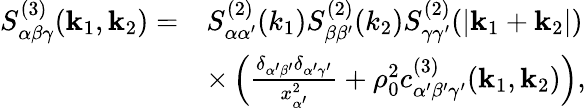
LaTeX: \begin{array}{rl}{S_{\alpha\beta\gamma}^{(3)}(\mathbf{k}_{1},\mathbf{k}_{2})=}&{S_{\alpha\alpha^{\prime}}^{(2)}({k}_{1})S_{\beta\beta^{\prime}}^{(2)}({k}_{2})S_{\gamma\gamma^{\prime}}^{(2)}(|\mathbf{k}_{1}+\mathbf{k}_{2}|)}\\ &{\times\left(\frac{\delta_{\alpha^{\prime}\beta^{\prime}}\delta_{\alpha^{\prime}\gamma^{\prime}}}{x_{\alpha^{\prime}}^{2}}+\rho_{0}^{2}c_{\alpha^{\prime}\beta^{\prime}\gamma^{\prime}}^{(3)}(\mathbf{k}_{1},\mathbf{k}_{2})\right),}\end{array}